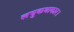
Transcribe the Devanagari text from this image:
लघुकथाकार।